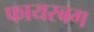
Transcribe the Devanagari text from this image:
फायरबग